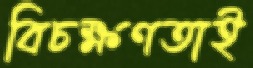
বিচক্ষণতাই